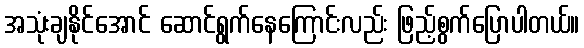
အသုံးချနိုင်အောင် ဆောင်ရွက်နေကြောင်းလည်း ဖြည့်စွက်ပြောပါတယ်။